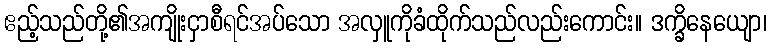
ဧည့်သည်တို့၏အကျိုးငှာစီရင်အပ်သော အလှူကိုခံထိုက်သည်လည်းကောင်း။ ဒက္ခိနေယျော၊